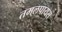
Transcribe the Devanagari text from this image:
तमलपायस